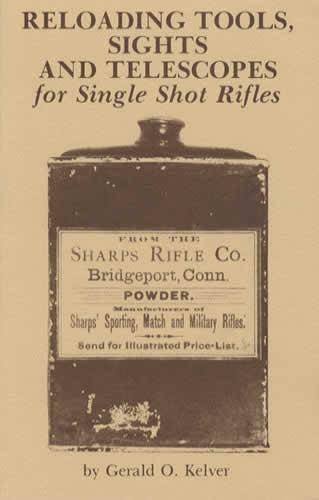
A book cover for Reloading Tools, Sights and Telescopes for Single Shot Rifles; Gerald O. Kelver; Science & Math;